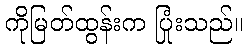
ကိုမြတ်ထွန်းက ပြုံးသည်။